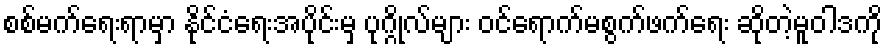
စစ်မက်ရေးရာမှာ နိုင်ငံရေးအပိုင်းမှ ပုဂ္ဂိုလ်များ ဝင်ရောက်မစွက်ဖက်ရေး ဆိုတဲ့မူဝါဒကို